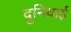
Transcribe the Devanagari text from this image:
दुनियाई